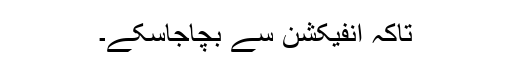
تاکہ انفیکشن سے بچاجاسکے۔